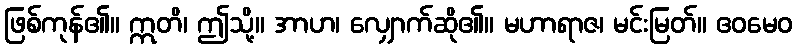
ဖြစ်ကုန်၏။ ဣတိ၊ ဤသို့။ အာဟ၊ လျှောက်ဆို၏။ မဟာရာဇ၊ မင်းမြတ်။ ဧဝမေဝ